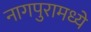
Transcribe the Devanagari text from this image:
नागपुरामध्ये